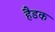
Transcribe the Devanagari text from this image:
हैडक